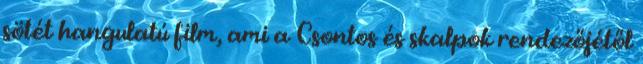
sötét hangulatú film, ami a Csontos és skalpok rendezőjétől